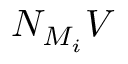
N _ { M _ { i } } V